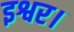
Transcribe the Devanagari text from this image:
इश्वर।